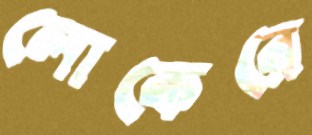
লোকেরে